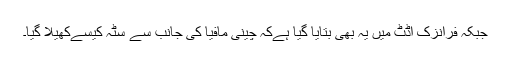
جبکہ فرانزک آڈٹ میں یہ بھی بتایا گیا ہےکہ چینی مافیا کی جانب سے سٹہ کیسےکھیلا گیا۔